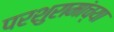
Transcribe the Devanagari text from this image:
परशुरामांच्या